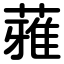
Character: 蕥